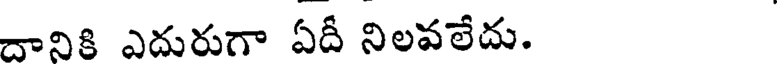
దానికి ఎదురుగా ఏదీ నిలవలేదు.